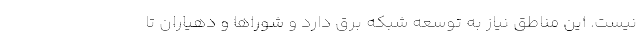
نیست. این مناطق نیاز به توسعه شبکه برق دارد و شوراها و دهیاران تا